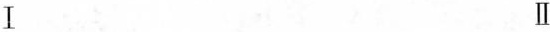
ⅠⅡ